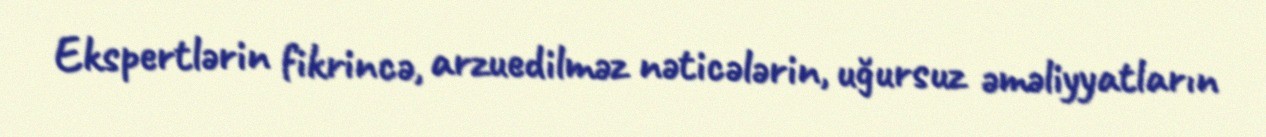
Ekspertlərin fikrincə, arzuedilməz nəticələrin, uğursuz əməliyyatların